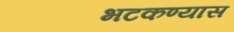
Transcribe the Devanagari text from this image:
भटकण्यास